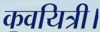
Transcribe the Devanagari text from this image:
कवयित्री।